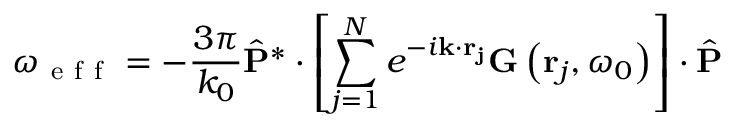
\omega _ { \mathrm { ~ e ~ f ~ f ~ } } = - \frac { 3 \pi } { k _ { 0 } } \hat { \mathbf { P } } ^ { * } \cdot \left[ \sum _ { j = 1 } ^ { N } e ^ { - i \mathbf { k } \cdot \mathbf { r _ { j } } } \mathbf { G } \left( \mathbf { r } _ { j } , \omega _ { 0 } \right) \right] \cdot \hat { \mathbf { P } }